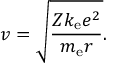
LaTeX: v = { \sqrt { \frac { Z k _ { \mathrm { e } } e ^ { 2 } } { m _ { \mathrm { e } } r } } } .